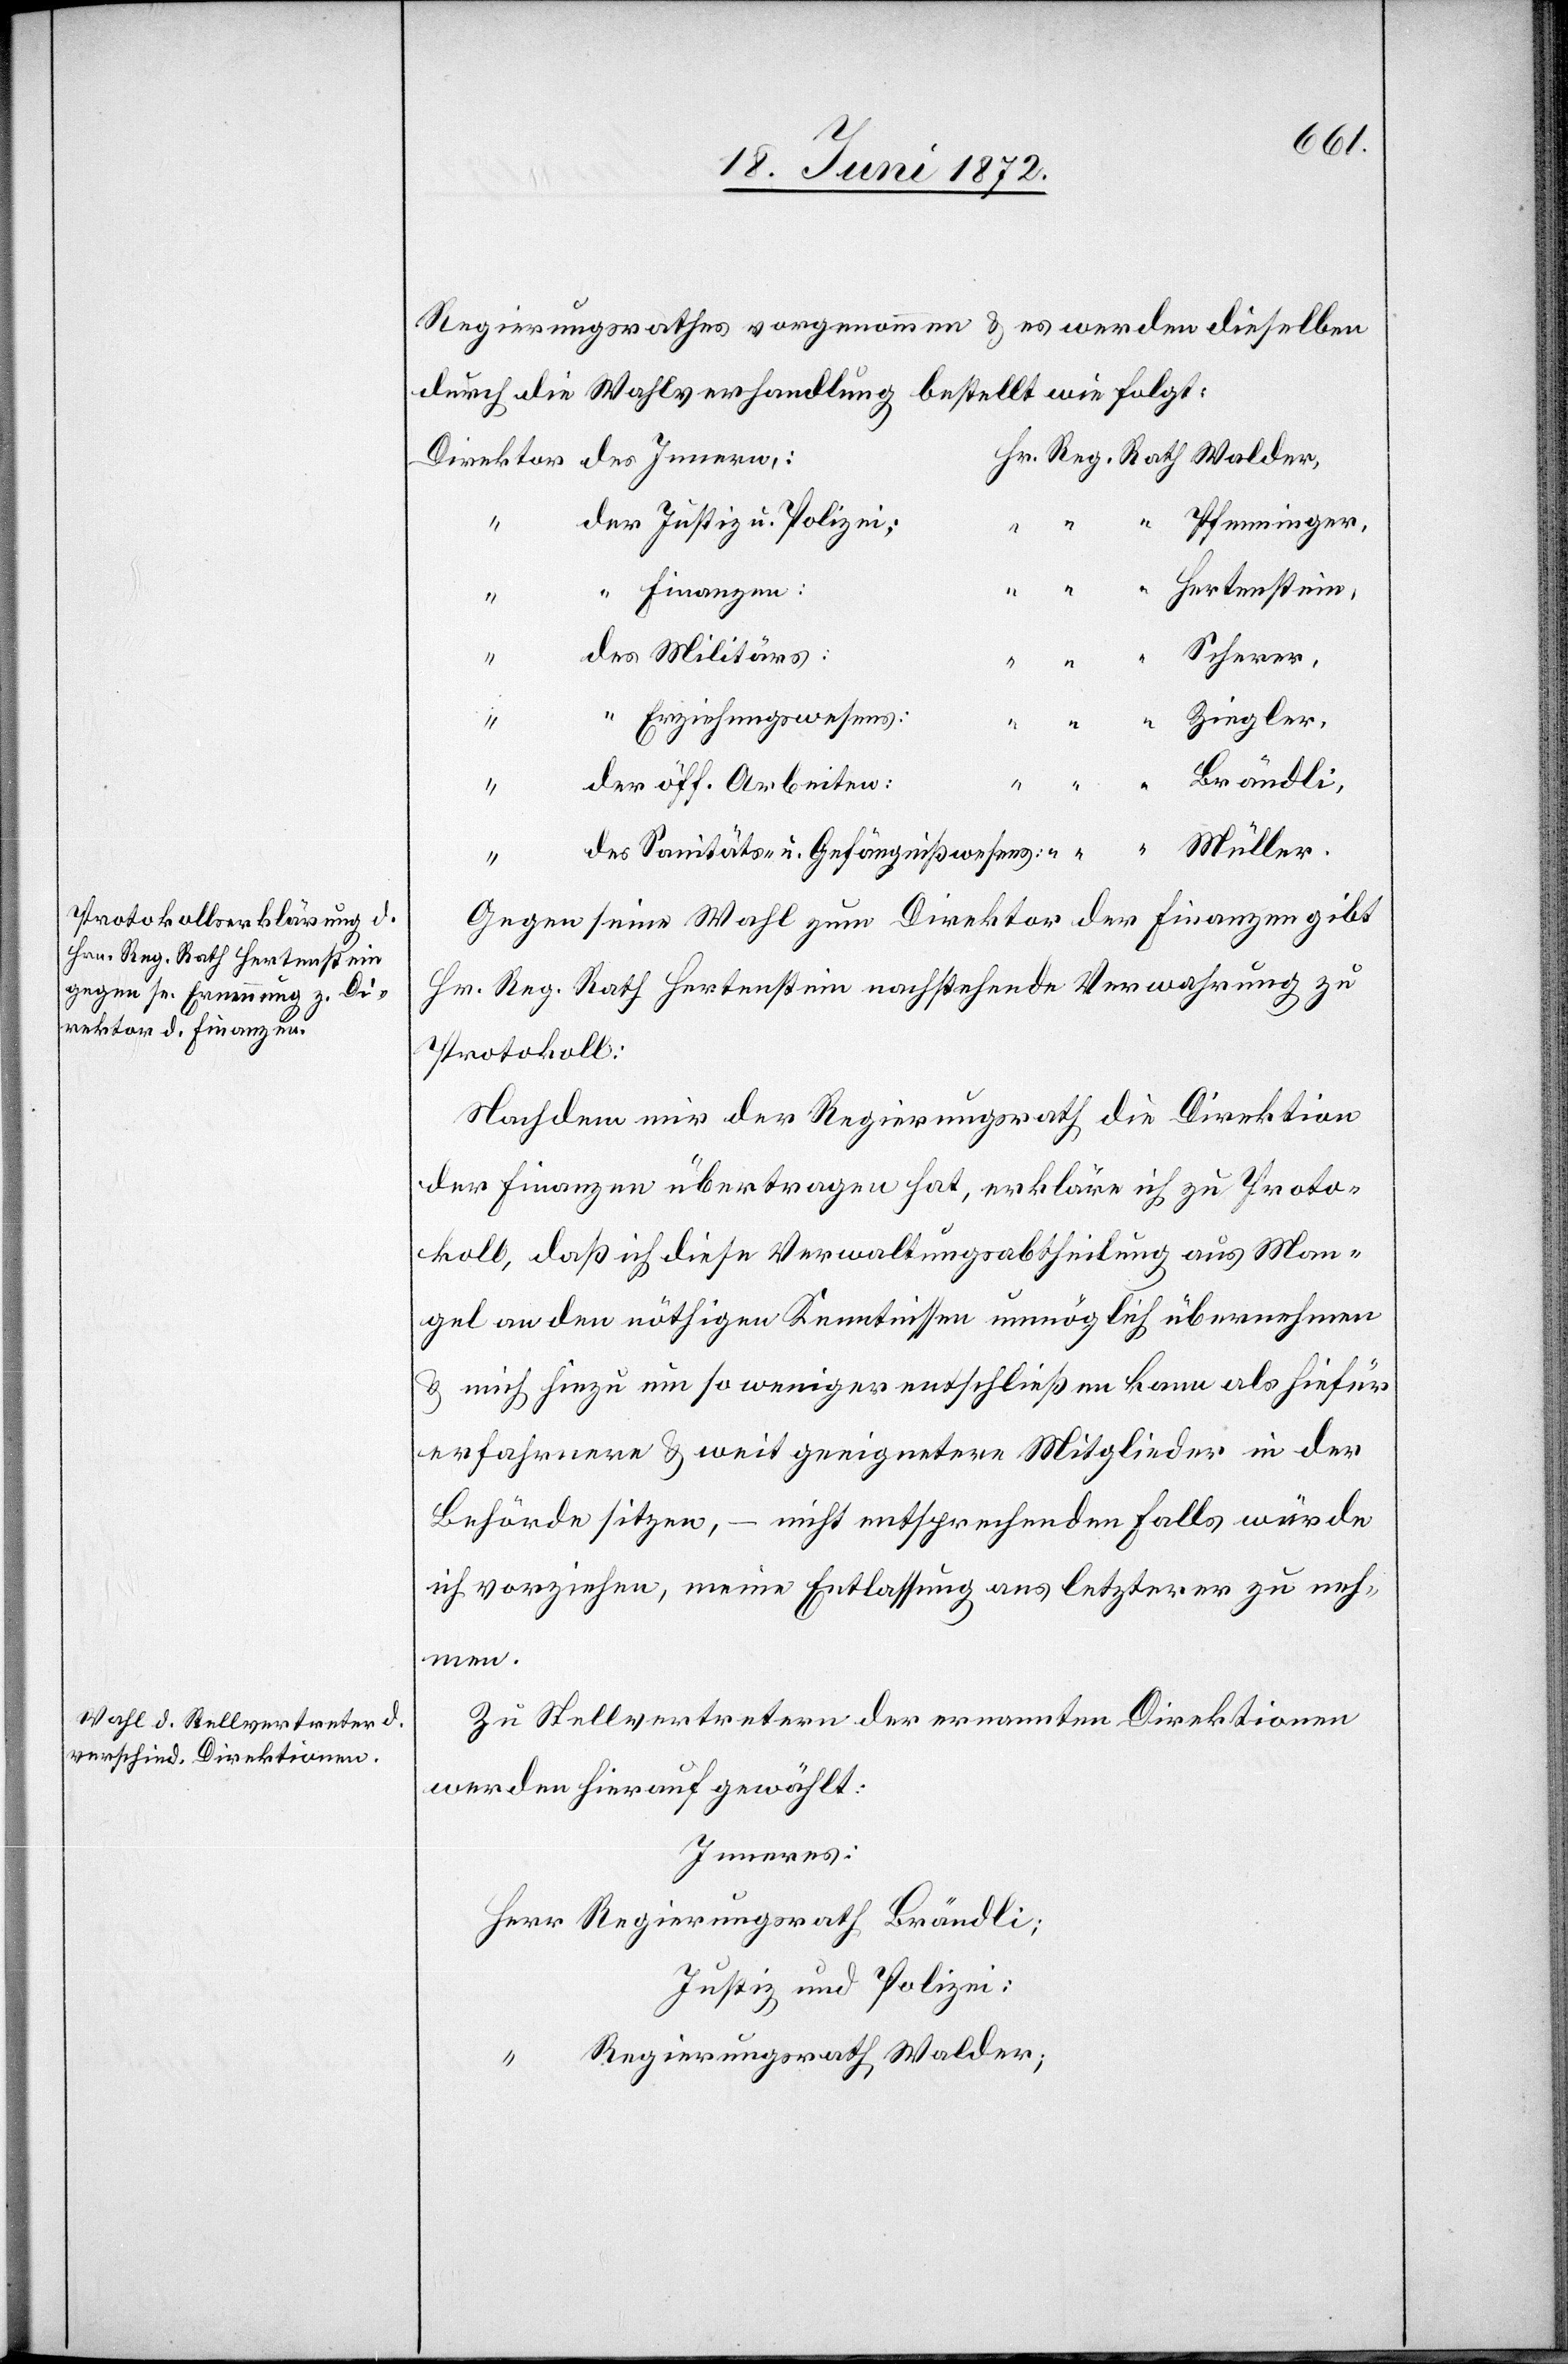
Regierungsrathes vorgenommen u. es werden dieselben
durch die Wahlverhandlung bestellt wie folgt:
Hertenstein,
Finanzen:
“
Scherer,
Erziehungswesens:
Brändli;
Regierungsrath
Gegen seine Wahl zum Direktor der Finanzen gibt
Hr. Reg. Rath Hertenstein nachstehende Verwahrung zu
Protokoll:
Nachdem mir der Regierungsrath die Direktion
der Finanzen übertragen hat, erkläre ich zu Proto¬
koll, daß ich diese Verwaltungsabtheilung aus Man¬
gel an nöthigen Kenntnissen unmöglich übernehmen
u. mich hiezu um so weniger entschließen kann als hiefür
erfahrnere u. weit geeignetere Mitglieder in der
Behörde sitzen, – nicht entsprechenden Falls würde
ich vorziehen, meine Entlassung aus letzterer zu neh¬
men.
Zu Stellvertretern der ernannten Direktionen
werden hierauf gewählt:
Inneres:
Justiz und Polizei:
Regierungsrath Walder;
Hr.